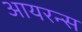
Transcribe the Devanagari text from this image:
आयरन्‍स